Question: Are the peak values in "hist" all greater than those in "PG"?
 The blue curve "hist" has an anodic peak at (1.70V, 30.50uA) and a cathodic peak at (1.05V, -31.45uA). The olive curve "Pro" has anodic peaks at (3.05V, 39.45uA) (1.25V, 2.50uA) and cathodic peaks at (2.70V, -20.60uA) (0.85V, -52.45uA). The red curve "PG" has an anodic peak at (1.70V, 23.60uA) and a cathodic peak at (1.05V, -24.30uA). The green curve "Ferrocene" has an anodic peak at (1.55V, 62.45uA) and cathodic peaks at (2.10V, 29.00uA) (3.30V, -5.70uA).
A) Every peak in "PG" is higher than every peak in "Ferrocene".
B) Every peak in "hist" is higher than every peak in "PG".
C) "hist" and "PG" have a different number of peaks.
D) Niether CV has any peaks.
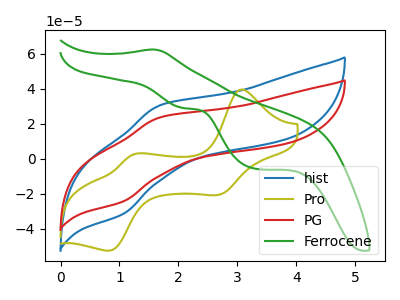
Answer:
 <answer>B) Every peak in "hist" is higher than every peak in "PG".</answer>
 <eval>B</eval>